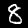
Digit: 8